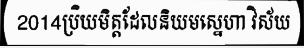
2014ប្រិយមិត្តដែលនិយមស្នេហា វិស័យ